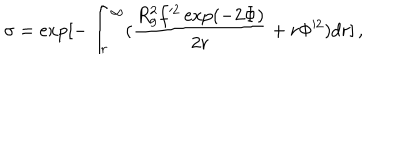
\sigma = \exp [ - \int _ { r } ^ { \infty } ( \frac { R _ { g } ^ { 2 } f ^ { 2 } \exp ( - 2 \Phi ) } { 2 r } + r \Phi ^ { 2 } ) d r ] \, ,